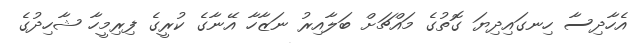
އެހާދިސާ ހިނގައިދިޔަ ގޮތުގެ މައްޗަށް ބަލާއިރު ނަޒާހާ އޭނާގެ ކުރީގެ ފިރިމީހާ ޝާހިދުގެ